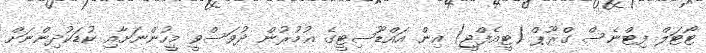
ޓޯޓަލް ފިޓްނެސް ގްރޫޕް (ޓީއެފްޖީ) އިން އައްޑޫސިޓީގެ ޢުމުރުން ދުވަސްވީ މީހުންނަށާއި ކުޑަކުދިންނަށް